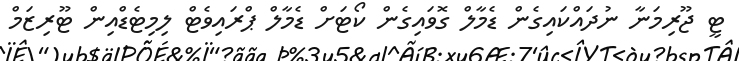
ޓީ ޖޫރިމަނާ ނުދައްކައިގެން ޑެމާލް ގޮވައިގެން ކޯޓަށް ޑެމާލް ޕްރައިވެޓް ލިމިޓެޑްއިން ޓޫރިޒަމް